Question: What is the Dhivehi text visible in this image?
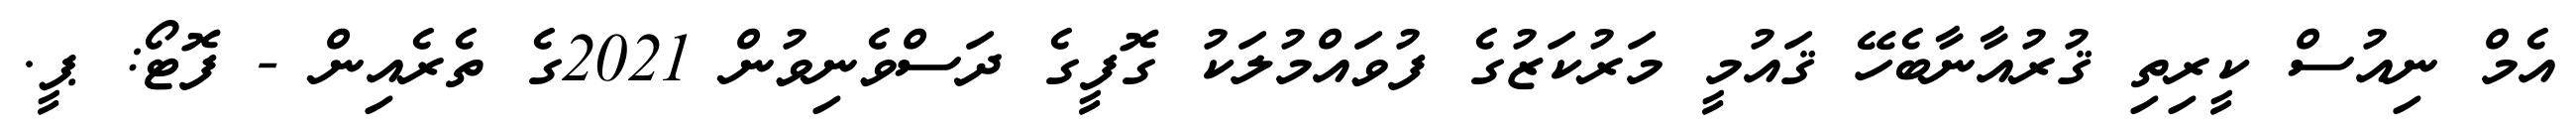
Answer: އެމް ނިއުސް ކީރިތި ޤުރުއާނާބެހޭ ޤައުމީ މަރުކަޒުގެ ފުވައްމުލަކު ގޮފީގެ ދަސްވެނިވުން 2021ގެ ތެރެއިން - ފޮޓޯ: ޕީ.